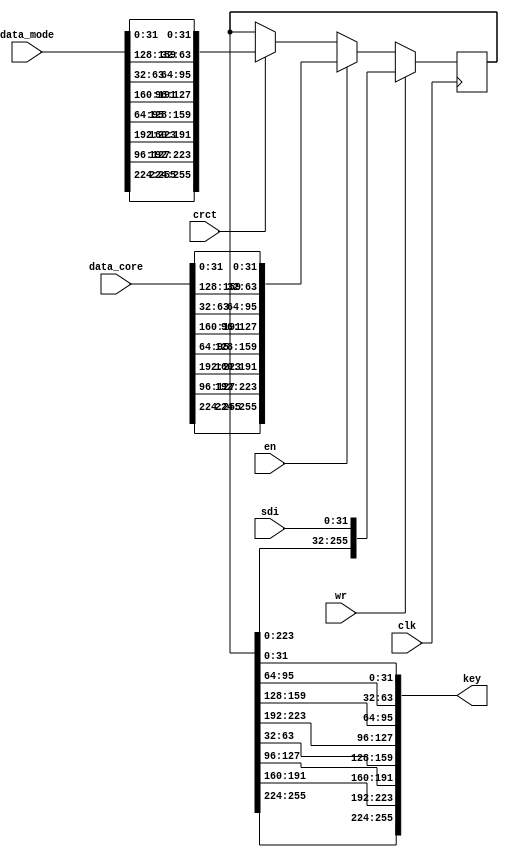
/*
 Designer: Mustafa Khairallah
 Nanyang Technological University
 Singapore
 Date: July, 2021
 */


/*
 This serial to parallel buffer loads the key shares,
 rnd keys and corrected secret keys.
 */

module key_serpar (/*AUTOARG*/
   // Outputs
   key,
   // Inputs
   sdi, data_core, data_mode, wr, clk, en, crct
   ) ;
   parameter d = 2;
   
   output [128*d-1:0] key;
   
   input [31:0]       sdi;
   input [128*d-1:0]  data_core, data_mode;
   input 	      wr, clk, en, crct;

   reg [128*d-1:0]    bfr;

   assign key = {bfr[255:224],bfr[191:160],bfr[127: 96],bfr[ 63: 32],
		 bfr[223:192],bfr[159:128],bfr[ 95: 64],bfr[ 31:  0]};
   
   always @ (posedge clk) begin
      if (wr) begin
         bfr <= {bfr[128*d-33:0], 
		 sdi};
      end
      else if (en) begin
         bfr <= {data_core[255:224],data_core[127: 96],
		 data_core[223:192],data_core[ 95: 64],
		 data_core[191:160],data_core[ 63: 32],
		 data_core[159:128],data_core[ 31:  0]};        
      end
      else if (crct) begin
	 bfr <= {data_mode[255:224],data_mode[127: 96],
		 data_mode[223:192],data_mode[ 95: 64],
		 data_mode[191:160],data_mode[ 63: 32],
		 data_mode[159:128],data_mode[ 31:  0]}; 
      end
   end
   
endmodule // key_serpar